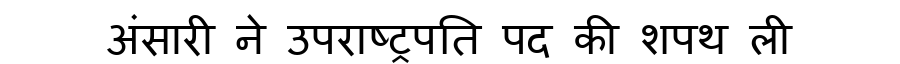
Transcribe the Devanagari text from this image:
अंसारी ने उपराष्ट्रपति पद की शपथ ली